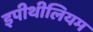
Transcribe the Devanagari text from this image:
इपीथीलियम